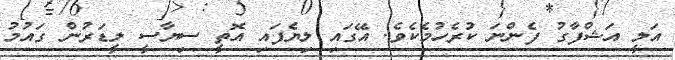
އަލީ އަޝްފާގު ފެންނަ ކުރެހުމެކެވެ. އޭގައި ލިޔެފައި އޮތީ ސިޔާސީ ލީޑަރުން ގައުމު